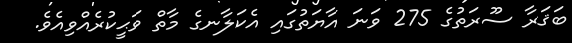
ބަޤަރާ ސޫރަތުގެ 275 ވަނަ އާޔަތުގައި އެކަލާނގެ މާތް ވަޙީކުރެއްވިއެވެ.